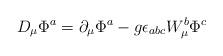
LaTeX: \begin{align*}D_{\mu }\Phi ^{a}=\partial _{\mu }\Phi ^{a}-g\epsilon _{abc}W_{\mu }^{b}\Phi ^{c}\end{align*}